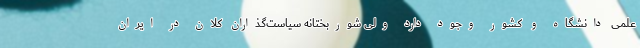
علمی دانشگاه و کشور وجود دارد ولی شوربختانه سیاست‌گذاران کلان در ایران